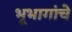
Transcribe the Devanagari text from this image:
भूभागांचे